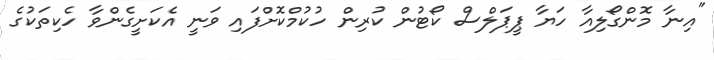
"އިނާ މޮންގޯލިއާ ހަޔާ ޕީޕަލްސް ކޯޓުން ކުރިން ހުކުމްކޮށްފައި ވަނީ އެކަށީގެންވާ ހެކިތަކުގެ